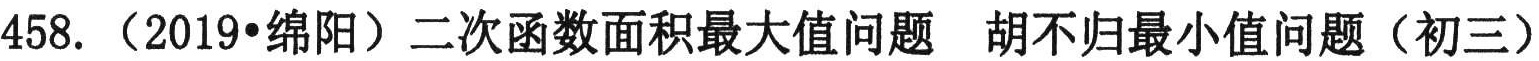
458.（2019•绵阳）二次函数面积最大值问题 胡不归最小值问题（初三）